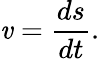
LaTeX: \mathit{v}={\frac{{ds}}{{dt}}}.